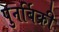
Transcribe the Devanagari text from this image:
पुनर्बिक्री